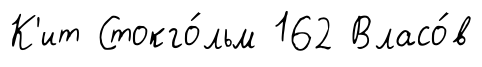
К'ит Стокго́льм 162 Власо́в